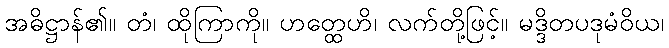
အဓိဋ္ဌာန်၏။ တံ၊ ထိုကြာကို။ ဟတ္ထေဟိ၊ လက်တို့ဖြင့်။ မဒ္ဒိတပဒုမံဝိယ၊